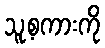
သူ့စကားကို